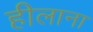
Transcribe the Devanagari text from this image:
हीलाना